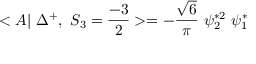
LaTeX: < A | ~ \Delta ^ { + } , ~ S _ { 3 } = \frac { - 3 } { 2 } > = - \frac { \sqrt { 6 } } { \pi } ~ \psi _ { 2 } ^ { * 2 } ~ \psi _ { 1 } ^ { * }